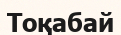
Тоқабай